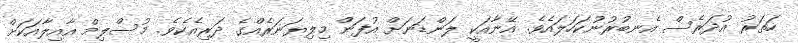
ހަތަރު އުދަރެސް އެނބުރުނުކަހަލައެވެ. އޭނާއަކީ ލަންޑަނަށް އުފަން މިލިޔަނަރެއްގެ ދަރިއެކެވެ. މުސްލިމް އާއިލާއަކަށް